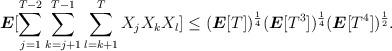
LaTeX: \begin{align*}\boldsymbol{E}[\sum_{j=1}^{T-2} \sum_{k=j+1}^{T-1} \sum_{l= k+1}^T X_j X_k X_l] \leq (\boldsymbol{E}[T])^{\frac{1}{4}} (\boldsymbol{E}[T^3])^\frac{1}{4} (\boldsymbol{E}[T^4])^\frac{1}{2}.\end{align*}